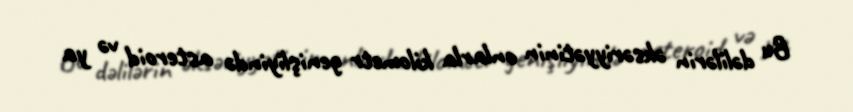
Bu dəlilərin əksəriyyətinin onlarla kilometr genişliyində asteroid və ya